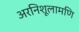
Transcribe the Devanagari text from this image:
अरनिशूलामणि